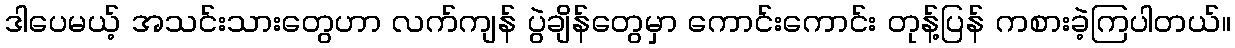
ဒါပေမယ့် အသင်းသားတွေဟာ လက်ကျန် ပွဲချိန်တွေမှာ ကောင်းကောင်း တုန့်ပြန် ကစားခဲ့ကြပါတယ်။